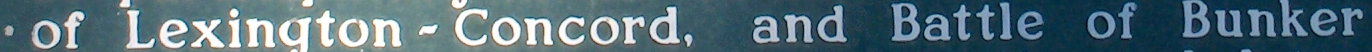
of Lexington - Concord. and Battle of Bunker